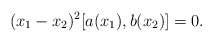
\begin{align*} (x_1-x_2)^2[a(x_1),b(x_2)]=0.\end{align*}